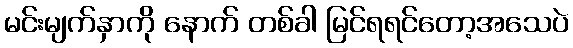
မင်းမျက်နှာကို နောက် တစ်ခါ မြင်ရရင်တော့အသေပဲ